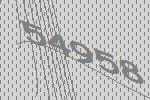
54958